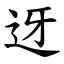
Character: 迓